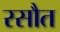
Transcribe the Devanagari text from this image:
रसौत